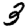
Digit: 3